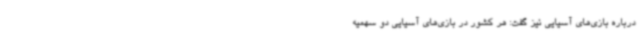
درباره بازی‌های آسیایی نیز گفت: هر کشور در بازی‌های آسیایی دو سهمیه